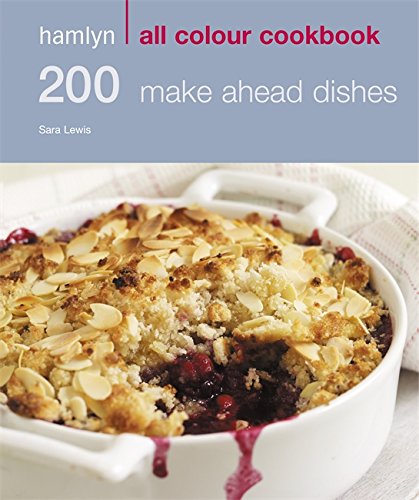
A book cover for Hamlyn All Colour Cookbook: 200 Make Ahead Dishes; Sara Lewis; Cookbooks, Food & Wine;